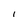
Character: I